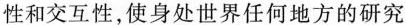
性和交互性，使身处世界任何地方的研究